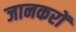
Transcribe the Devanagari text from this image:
जानकरों